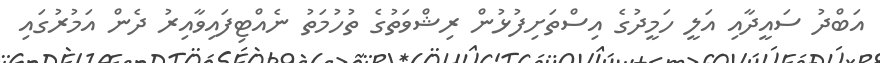
އަބްދު ސައީދާއި އަލީ ހަމީދުގެ އިސްތަށިފުޅުން ރިޝްވަތުގެ ތުހުމަތު ނެއްޓިފައިވާއިރު ދެން އަމުރުގައި